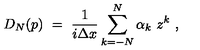
D _ { N } ( p ) \ = \ { \frac { 1 } { i \Delta x } } \sum _ { k = - N } ^ { N } \alpha _ { k } \ z ^ { k } \ ,